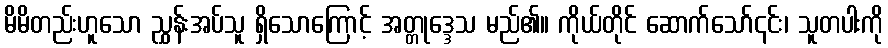
မိမိတည်းဟူသော ညွှန်းအပ်သူ ရှိသောကြောင့် အတ္တုဒ္ဒေသ မည်၏။ ကိုယ်တိုင် ဆောက်သော်၎င်း၊ သူတပါးကို